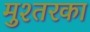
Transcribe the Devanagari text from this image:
मुश्तरका